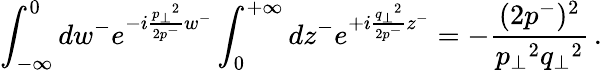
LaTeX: \int_{-\infty}^{0}dw^{-}e^{-i\frac{{p_{\perp}}^{2}}{2p^{-}}w^{-}}\int_{0}^{+\infty}dz^{-}e^{+i\frac{{q_{\perp}}^{2}}{2p^{-}}z^{-}}=-\frac{(2p^{-})^{2}}{{p_{\perp}}^{2}{q_{\perp}}^{2}}\, .